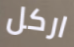
اركل